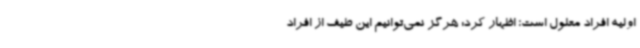
اولیه افراد معلول است؛ اظهار کرد: هرگز نمی‌توانیم این طیف از افراد